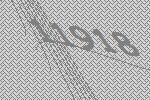
11918